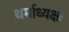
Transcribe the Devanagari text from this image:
धर्माध्यक्षः